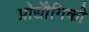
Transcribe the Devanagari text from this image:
प्रोद्यौेगिकी